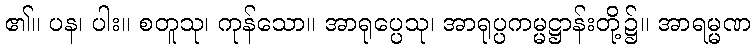
၏။ ပန၊ ပါး။ စတူသု၊ ကုန်သော။ အာရုပ္ပေသု၊ အာရုပ္ပကမ္မဋ္ဌာန်းတို့၌။ အာရမ္မဏ